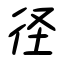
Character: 径